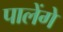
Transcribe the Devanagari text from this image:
पालेंगे